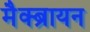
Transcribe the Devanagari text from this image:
मैक्ब्रायन